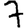
Digit: 7